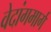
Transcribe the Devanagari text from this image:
वेदांगमार्ग